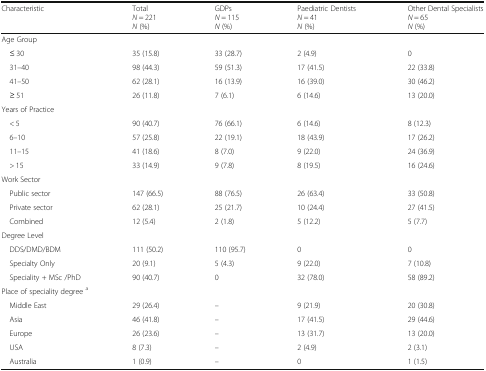
| Characteristic | TotalN = 221N (%) | GDPsN = 115N (%) | Paediatric DentistsN = 41N (%) | Other Dental SpecialistsN = 65N (%) |
 | --- | --- | --- | --- | --- |
 | <COLSPAN=5> Age Group |
 | ≤ 30 | 35 (15.8) | 33 (28.7) | 2 (4.9) | 0 |
 | 31–40 | 98 (44.3) | 59 (51.3) | 17 (41.5) | 22 (33.8) |
 | 41–50 | 62 (28.1) | 16 (13.9) | 16 (39.0) | 30 (46.2) |
 | ≥ 51 | 26 (11.8) | 7 (6.1) | 6 (14.6) | 13 (20.0) |
 | <COLSPAN=5> Years of Practice |
 | < 5 | 90 (40.7) | 76 (66.1) | 6 (14.6) | 8 (12.3) |
 | 6–10 | 57 (25.8) | 22 (19.1) | 18 (43.9) | 17 (26.2) |
 | 11–15 | 41 (18.6) | 8 (7.0) | 9 (22.0) | 24 (36.9) |
 | > 15 | 33 (14.9) | 9 (7.8) | 8 (19.5) | 16 (24.6) |
 | <COLSPAN=5> Work Sector |
 | Public sector | 147 (66.5) | 88 (76.5) | 26 (63.4) | 33 (50.8) |
 | Private sector | 62 (28.1) | 25 (21.7) | 10 (24.4) | 27 (41.5) |
 | Combined | 12 (5.4) | 2 (1.8) | 5 (12.2) | 5 (7.7) |
 | <COLSPAN=5> Degree Level |
 | DDS/DMD/BDM | 111 (50.2) | 110 (95.7) | 0 | 0 |
 | Specialty Only | 20 (9.1) | 5 (4.3) | 9 (22.0) | 7 (10.8) |
 | Speciality + MSc /PhD | 90 (40.7) | 0 | 32 (78.0) | 58 (89.2) |
 | <COLSPAN=5> Place of speciality degree a |
 | Middle East | 29 (26.4) | – | 9 (21.9) | 20 (30.8) |
 | Asia | 46 (41.8) | – | 17 (41.5) | 29 (44.6) |
 | Europe | 26 (23.6) | – | 13 (31.7) | 13 (20.0) |
 | USA | 8 (7.3) | – | 2 (4.9) | 2 (3.1) |
 | Australia | 1 (0.9) | – | 0 | 1 (1.5) |